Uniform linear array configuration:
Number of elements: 64
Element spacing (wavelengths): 1
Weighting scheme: kaiser
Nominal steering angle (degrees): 0
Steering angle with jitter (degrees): -0.03089
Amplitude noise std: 0.05
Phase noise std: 0.05

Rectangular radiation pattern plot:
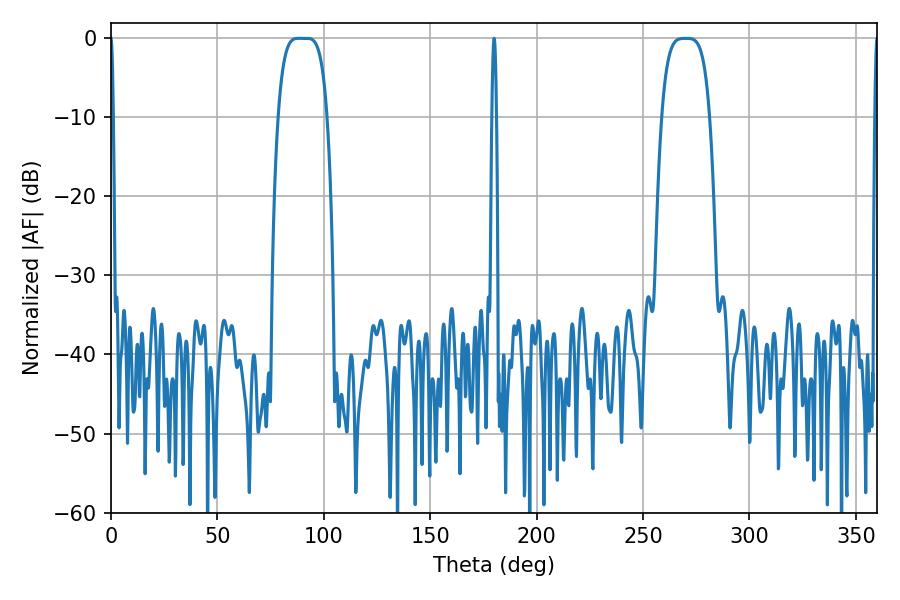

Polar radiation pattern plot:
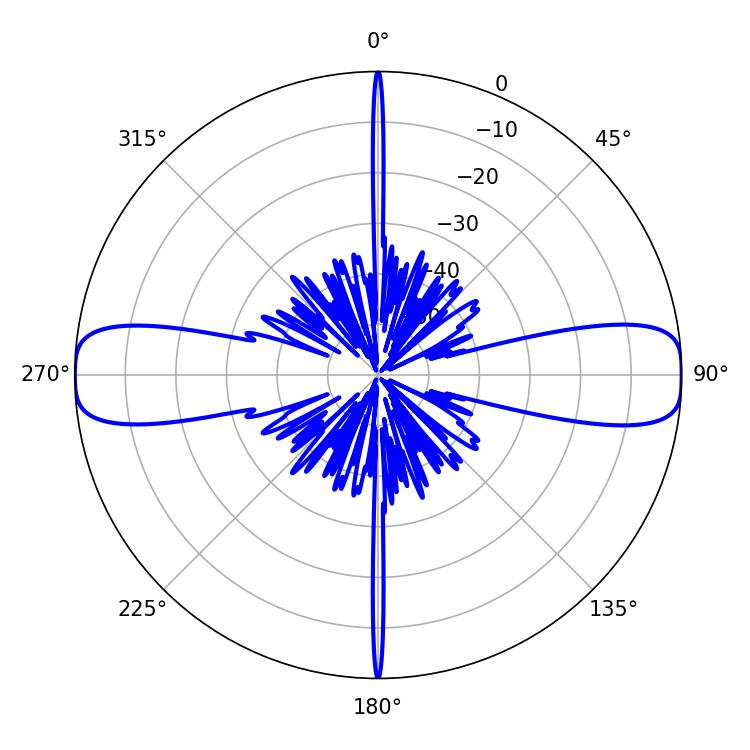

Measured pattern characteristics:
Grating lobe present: TRUE
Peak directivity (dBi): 21.475
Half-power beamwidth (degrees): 17.28
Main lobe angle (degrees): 88.2